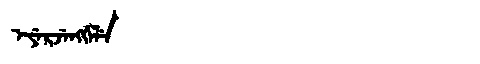
Manchu: ᡝᠶᡝᡵᠵᡝᠩᡤᡝᠯᡝ
Romanization: EYERJENGGELE